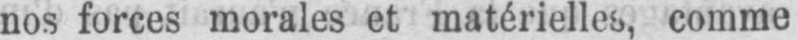
nos forces morales et matérielles, comme